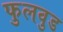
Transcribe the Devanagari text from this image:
फुलवुड